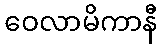
ဝေလာမိကာနီ